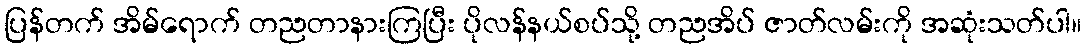
ပြန်တက် အိမ်ရောက် တညတာနားကြပြီး ပိုလန်နယ်စပ်သို့ တညအိပ် ဇာတ်လမ်းကို အဆုံးသတ်ပါ။